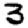
Digit: 3